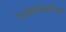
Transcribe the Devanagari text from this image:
रेल्वेगाड्यांमध्ये